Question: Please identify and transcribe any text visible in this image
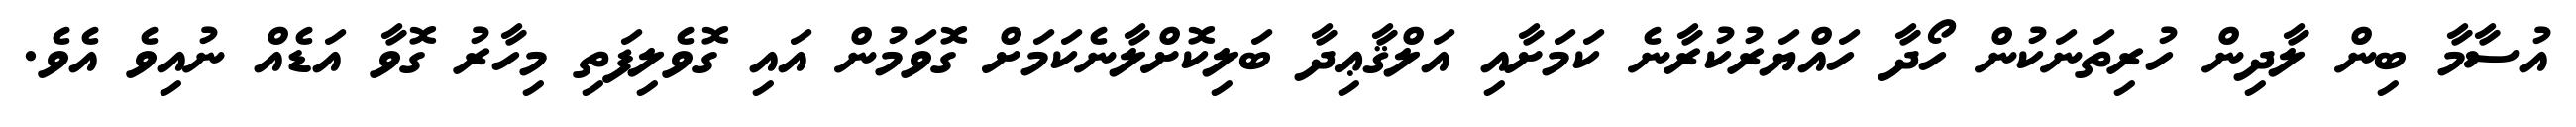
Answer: އުސާމާ ބިން ލާދިން ހުރިތަނަކުން ހޯދާ ހައްޔަރުކުރާނެ ކަމަށާއި އަލްޤާޢިދާ ބަލިކޮށްލާނެކަމަށް ގޮވަމުން އައި ގޮވެލިފަތި މިހާރު ގޮވާ އަޑެއް ނުއިވެ އެވެ.